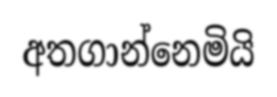
අතගාන්නෙමියි